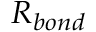
R _ { b o n d }